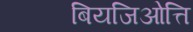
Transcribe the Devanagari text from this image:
बियजिओत्ति